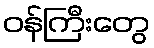
ဝန်ကြီးတွေ